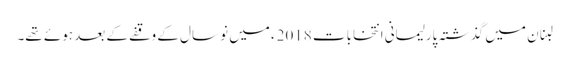
لبنان میں گذشتہ پارلیمانی انتخابات 2018ء میں نو سال کے وقفے کے بعد ہوئے تھے۔